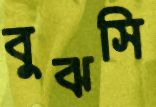
বুঝসি